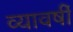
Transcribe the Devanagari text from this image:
व्यावर्षी